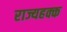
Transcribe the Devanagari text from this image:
राज्यहक्क